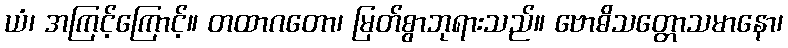
ယံ၊ အကြင့်ကြောင့်။ တထာဂတော၊ မြတ်စွာဘုရားသည်။ ဗောဓိသတ္တောသမာနော၊